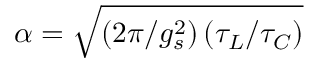
\alpha = \sqrt { \left( 2 \pi / g _ { s } ^ { 2 } \right) \left( \tau _ { L } / \tau _ { C } \right) }